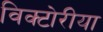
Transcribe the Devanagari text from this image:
विक्टोरीया